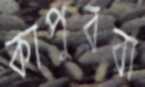
কাপুররা